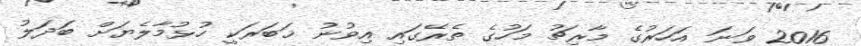
2016 ވަނަ އަހަރުގެ މާރިޗު މަހުގެ ތެރޭގައި އިވުނު ޚަބަރަކީ ހުޅުމާލެޔަށް ބަދަލު